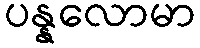
ပန္နလောမာ